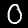
Label: 0